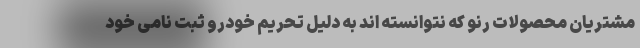
مشتریان محصولات رنو که نتوانسته اند به دلیل تحریم خودرو ثبت نامی خود